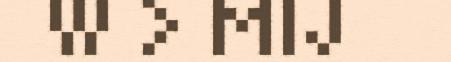
W > MIJ